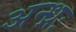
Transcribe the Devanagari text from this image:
अन्ध्रः